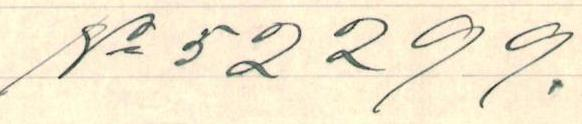
N:o 52299.